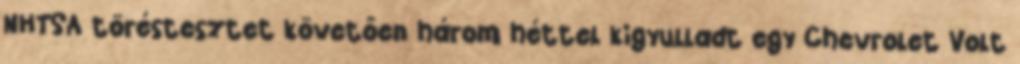
NHTSA töréstesztet követően három héttel kigyulladt egy Chevrolet Volt